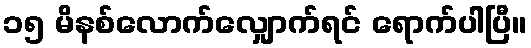
၁၅ မိနစ်လောက်လျှောက်ရင် ရောက်ပါပြီ။